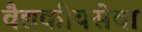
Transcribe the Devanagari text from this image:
वैद्यकीयसेवा